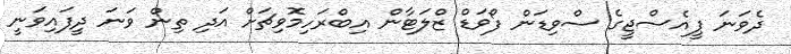
ދެވަނަ ޕީއެސްޖީގެ ސްވިޑަން ފޯވަޑް ޒްލަޓާން އިބްރަހިމޮވިޗަށް އަދި ތިން ވަނަ ދީފައިވަނީ